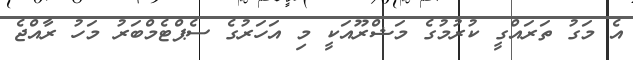
އެެ މަގު ތަރައްގީ ކުރުމުގެ މަޝްރޫއަކީ މި އަހަރުގެ ސެޕްޓެމްބަރު މަހު ރާއްޖެ